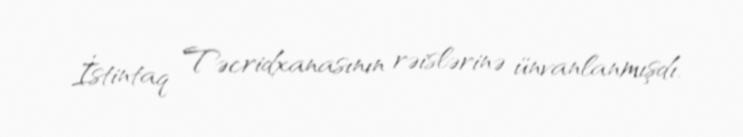
İstintaq Təcridxanasının rəislərinə ünvanlanmışdı.